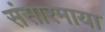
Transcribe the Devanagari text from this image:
संसारमाया